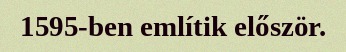
1595-ben említik először.